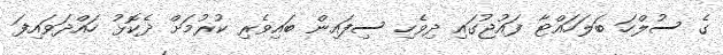
ގެ ސުލްހަ ބަލަހައްޓާ ފައުޖުގައި ދިވެހި ސިފައިން ބައިވެރި ކުރުމަށް ދެކޮޅު ހައްދަވައިފަ